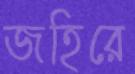
জহিরে